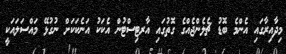
މިދާއިރާގައި އެންމެ ބޮޑު ޗެލެންޖެއްގެ ގޮތުގައި އާރޓިސްޓުން އެކަކު އަނެކަކަށް ނުގުޅޭ މައްސަލައަކީ